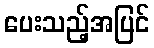
ပေးသည့်အပြင်